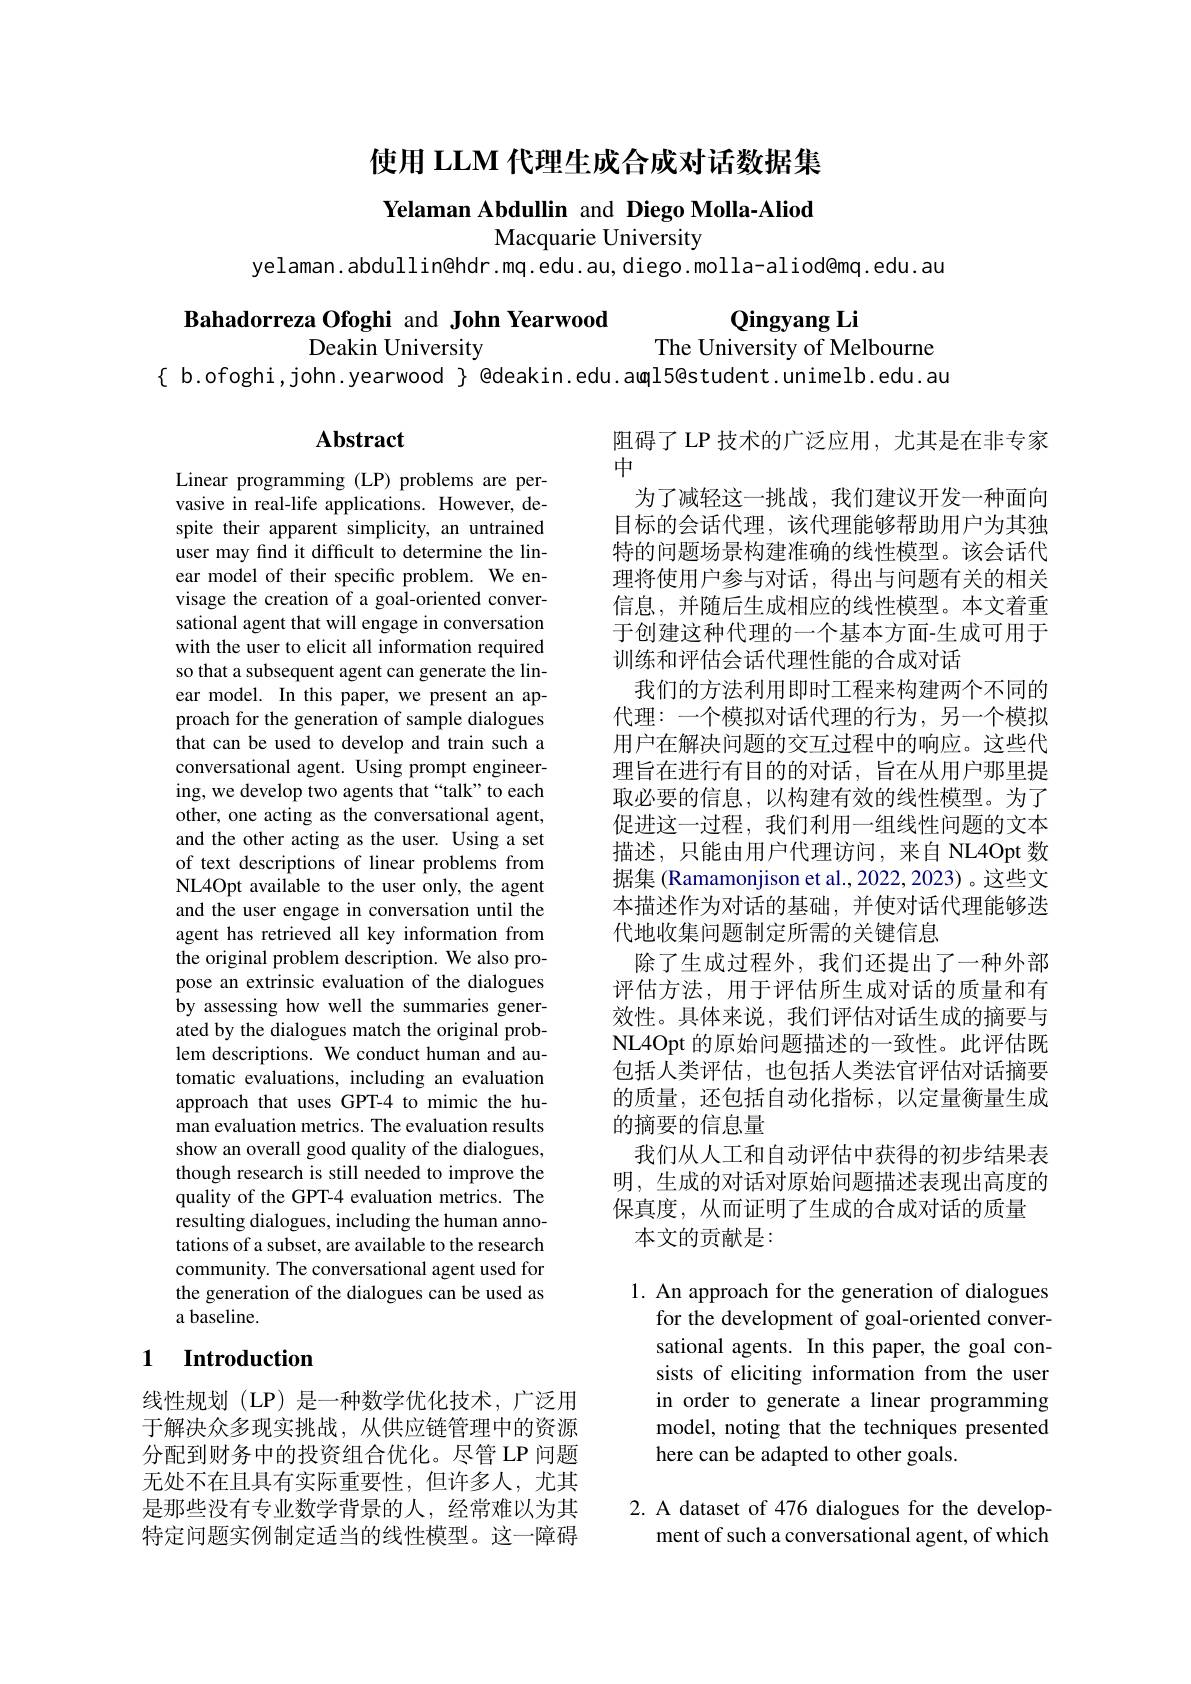
## 使用 LLM 代理生成合成对话数据集

Yelaman Abdullin and Diego Molla-Aliod
Macquarie University
yelaman.abdullinêhdr.mq.edu.au,diego.molla-aliod@mq.edu.au

Bahadorreza Ofoghi and John Yearwood
Deakin University

Qingyang Li
The University of Melbourne
$\{$ b.ofoghi,john.yearwood $\}$ @deakin.edu.aതุl5@student.unimelb.edu.au

## Abstract

阻碍了 LP 技术的广泛应用，尤其是在非专家
中
为了减轻这一挑战，我们建议开发一种面向目标的会话代理，该代理能够帮助用户为其独特的问题场景构建准确的线性模型。该会话代理将使用户参与对话，得出与问题有关的相关信息，并随后生成相应的线性模型。本文着重于创建这种代理的一个基本方面-生成可用于训练和评估会话代理性能的合成对话
我们的方法利用即时工程来构建两个不同的代理：一个模拟对话代理的行为，另一个模拟用户在解决问题的交互过程中的响应。这些代理旨在进行有目的的对话，旨在从用户那里提取必要的信息，以构建有效的线性模型。为了促进这一过程，我们利用一组线性问题的文本描述，只能由用户代理访问，来自 NL4Opt 数据集 (Ramamonjison et al., 2022, 2023) 。这些文本描述作为对话的基础，并使对话代理能够迭代地收集问题制定所需的关键信息
除了生成过程外，我们还提出了一种外部评估方法，用于评估所生成对话的质量和有效性。具体来说，我们评估对话生成的摘要与NL4Opt 的原始问题描述的一致性。此评估既包括人类评估，也包括人类法官评估对话摘要的质量，还包括自动化指标，以定量衡量生成的摘要的信息量
我们从人工和自动评估中获得的初步结果表明，生成的对话对原始问题描述表现出高度的保真度，从而证明了生成的合成对话的质量
本文的贡献是：

Linear programming (LP) problems are pervasive in real-life applications. However, despite their apparent simplicity, an untrained user may find it difficult to determine the linear model of their specific problem. We envisage the creation of a goal-oriented conversational agent that will engage in conversation with the user to elicit all information required so that a subsequent agent can generate the linear model. In this paper, we present an approach for the generation of sample dialogues that can be used to develop and train such a conversational agent. Using prompt engineering, we develop two agents that “talk”to each other, one acting as the conversational agent, and the other acting as the user. Using a set of text descriptions of linear problems from NL4Opt available to the user only, the agent and the user engage in conversation until the agent has retrieved all key information from the original problem description. We also propose an extrinsic evaluation of the dialogues by assessing how well the summaries generated by the dialogues match the original problem descriptions. We conduct human and automatic evaluations, including an evaluation approach that uses GPT-4 to mimic the human evaluation metrics. The evaluation results show an overall good quality of the dialogues, though research is still needed to improve the quality of the GPT-4 evaluation metrics. The resulting dialogues, including the human annotations of a subset, are available to the research community. The conversational agent used for the generation of the dialogues can be used as a baseline.

### 1 $\textbf{Introduction}$

1. An approach for the generation of dialogues
for the development of goal-oriented conversational agents. In this paper, the goal consists of eliciting information from the user in order to generate a linear programming model, noting that the techniques presented here can be adapted to other goals.

线性规划 (LP) 是一种数学优化技术，广泛用于解决众多现实挑战，从供应链管理中的资源分配到财务中的投资组合优化。尽管 LP 问题无处不在且具有实际重要性，但许多人，尤其是那些没有专业数学背景的人，经常难以为其特定问题实例制定适当的线性模型。这一障碍

2. A dataset of 476 dialogues for the develop-
ment of such a conversational agent, of which